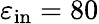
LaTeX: \varepsilon_{\mathrm{in}}=80